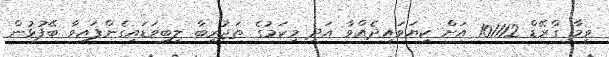
ވީމާ ގްރޭޑް 101112 އަށް ކިޔަވައިދެއްވާ އަދި މިކަމުގެ ތަޖުރިބާ ލިބިވަޑައިގެންފައިވާ ބޭފުޅުން